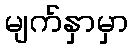
မျက်နှာမှာ